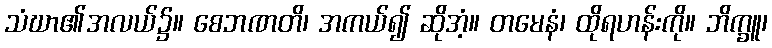
သံဃာ၏အလယ်၌။ စေဘဏတိ၊ အကယ်၍ ဆိုအံ့။ တမေနံ၊ ထိုရဟန်းကို။ ဘိက္ခူ၊